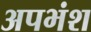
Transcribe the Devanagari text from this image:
अपभंश